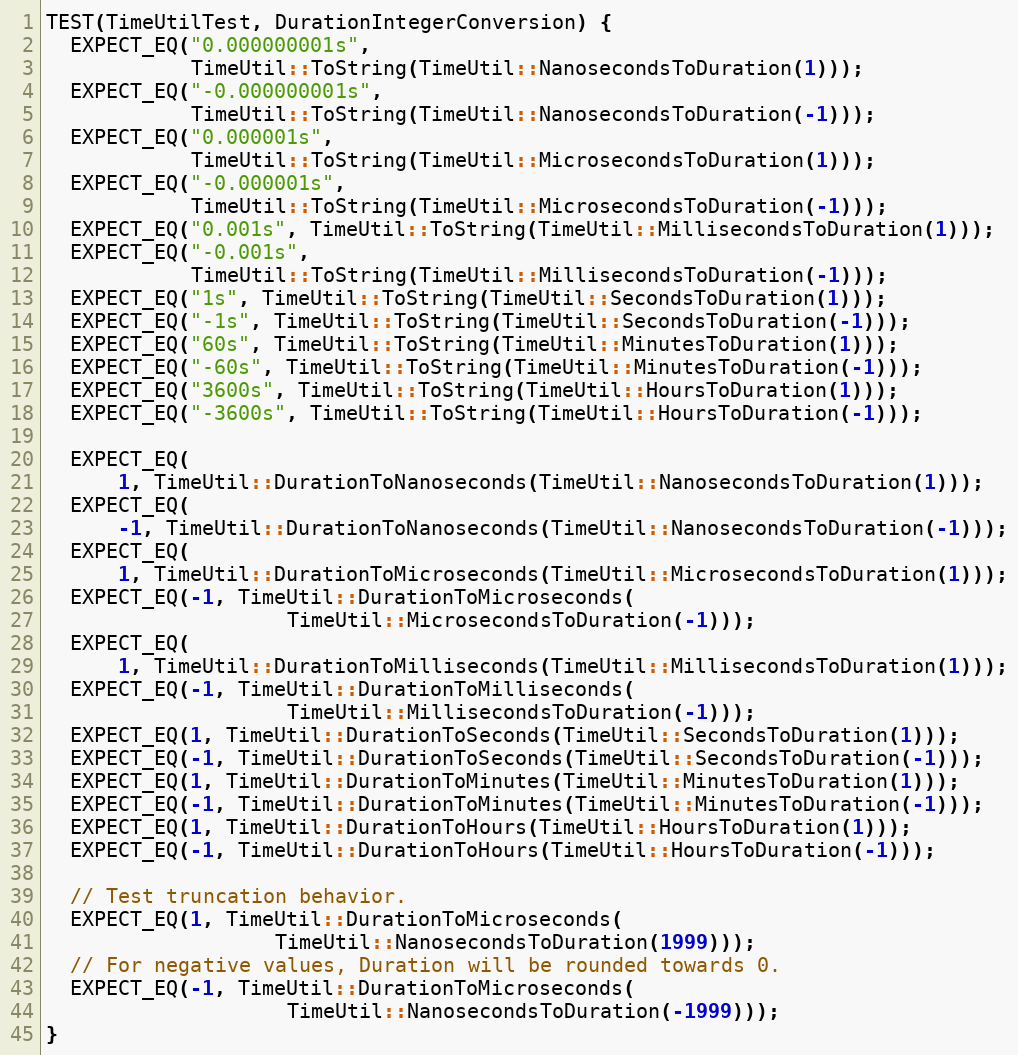
Language: C++
TEST(TimeUtilTest, DurationIntegerConversion) {
  EXPECT_EQ("0.000000001s",
            TimeUtil::ToString(TimeUtil::NanosecondsToDuration(1)));
  EXPECT_EQ("-0.000000001s",
            TimeUtil::ToString(TimeUtil::NanosecondsToDuration(-1)));
  EXPECT_EQ("0.000001s",
            TimeUtil::ToString(TimeUtil::MicrosecondsToDuration(1)));
  EXPECT_EQ("-0.000001s",
            TimeUtil::ToString(TimeUtil::MicrosecondsToDuration(-1)));
  EXPECT_EQ("0.001s", TimeUtil::ToString(TimeUtil::MillisecondsToDuration(1)));
  EXPECT_EQ("-0.001s",
            TimeUtil::ToString(TimeUtil::MillisecondsToDuration(-1)));
  EXPECT_EQ("1s", TimeUtil::ToString(TimeUtil::SecondsToDuration(1)));
  EXPECT_EQ("-1s", TimeUtil::ToString(TimeUtil::SecondsToDuration(-1)));
  EXPECT_EQ("60s", TimeUtil::ToString(TimeUtil::MinutesToDuration(1)));
  EXPECT_EQ("-60s", TimeUtil::ToString(TimeUtil::MinutesToDuration(-1)));
  EXPECT_EQ("3600s", TimeUtil::ToString(TimeUtil::HoursToDuration(1)));
  EXPECT_EQ("-3600s", TimeUtil::ToString(TimeUtil::HoursToDuration(-1)));

  EXPECT_EQ(
      1, TimeUtil::DurationToNanoseconds(TimeUtil::NanosecondsToDuration(1)));
  EXPECT_EQ(
      -1, TimeUtil::DurationToNanoseconds(TimeUtil::NanosecondsToDuration(-1)));
  EXPECT_EQ(
      1, TimeUtil::DurationToMicroseconds(TimeUtil::MicrosecondsToDuration(1)));
  EXPECT_EQ(-1, TimeUtil::DurationToMicroseconds(
                    TimeUtil::MicrosecondsToDuration(-1)));
  EXPECT_EQ(
      1, TimeUtil::DurationToMilliseconds(TimeUtil::MillisecondsToDuration(1)));
  EXPECT_EQ(-1, TimeUtil::DurationToMilliseconds(
                    TimeUtil::MillisecondsToDuration(-1)));
  EXPECT_EQ(1, TimeUtil::DurationToSeconds(TimeUtil::SecondsToDuration(1)));
  EXPECT_EQ(-1, TimeUtil::DurationToSeconds(TimeUtil::SecondsToDuration(-1)));
  EXPECT_EQ(1, TimeUtil::DurationToMinutes(TimeUtil::MinutesToDuration(1)));
  EXPECT_EQ(-1, TimeUtil::DurationToMinutes(TimeUtil::MinutesToDuration(-1)));
  EXPECT_EQ(1, TimeUtil::DurationToHours(TimeUtil::HoursToDuration(1)));
  EXPECT_EQ(-1, TimeUtil::DurationToHours(TimeUtil::HoursToDuration(-1)));

  // Test truncation behavior.
  EXPECT_EQ(1, TimeUtil::DurationToMicroseconds(
                   TimeUtil::NanosecondsToDuration(1999)));
  // For negative values, Duration will be rounded towards 0.
  EXPECT_EQ(-1, TimeUtil::DurationToMicroseconds(
                    TimeUtil::NanosecondsToDuration(-1999)));
}